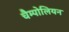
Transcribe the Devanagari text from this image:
चैम्पोलियन